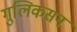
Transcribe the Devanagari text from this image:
गुलिकसन